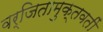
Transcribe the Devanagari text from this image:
वर्जितामुक्तवतीं